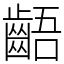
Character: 齬